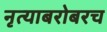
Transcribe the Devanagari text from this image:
नृत्याबरोबरच